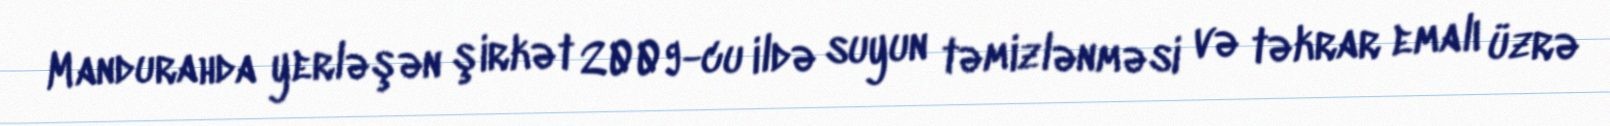
Mandurahda yerləşən şirkət 2009-cu ildə suyun təmizlənməsi və təkrar emalı üzrə